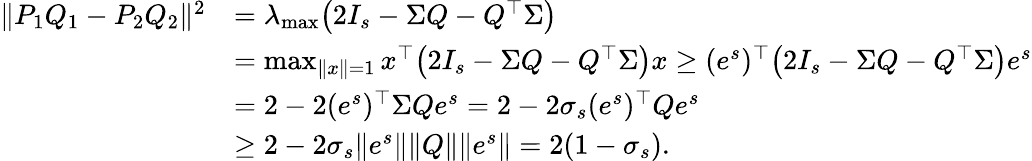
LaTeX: \begin{array}{rl}{\| P_{1}Q_{1}-P_{2}Q_{2}\| ^{2}}&{=\lambda_{\operatorname*{max}}\big(2I_{s}-\Sigma Q-Q^{\top}\Sigma\big)}\\ &{=\operatorname*{max}_{\| x\| =1}x^{\top}\big(2I_{s}-\Sigma Q-Q^{\top}\Sigma\big)x\ge(e^{s})^{\top}\big(2I_{s}-\Sigma Q-Q^{\top}\Sigma\big)e^{s}}\\ &{=2-2(e^{s})^{\top}\Sigma Qe^{s}=2-2\sigma_{s}(e^{s})^{\top}Qe^{s}}\\ &{\ge 2-2\sigma_{s}\| e^{s}\| \| Q\| \| e^{s}\| =2(1-\sigma_{s}).}\end{array}